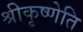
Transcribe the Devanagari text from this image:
श्रीकृष्णेति